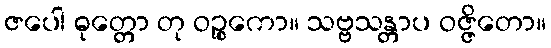
ဇပေါ ဓုတ္တော တု ဝဉ္စကော။ သဗ္ဗသန္တာပ ဝဇ္ဇိတော။